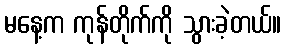
မနေ့က ကုန်တိုက်ကို သွားခဲ့တယ်။